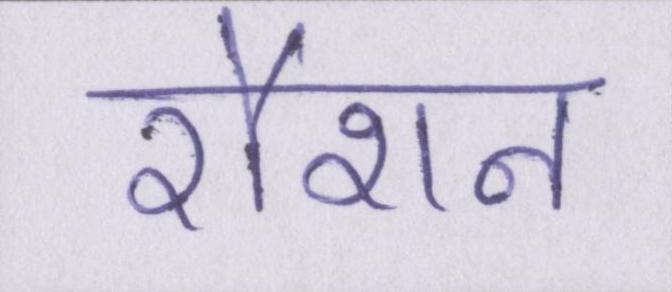
रौशन